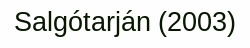
Salgótarján (2003)